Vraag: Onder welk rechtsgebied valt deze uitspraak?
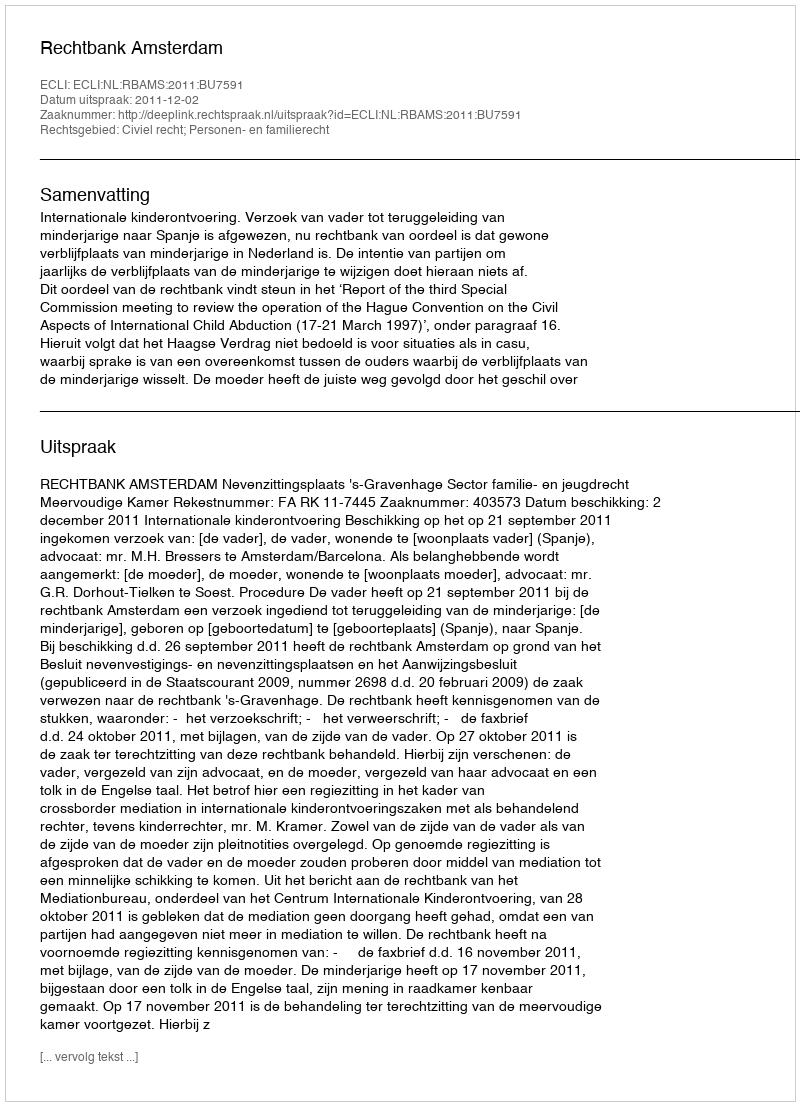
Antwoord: Civiel recht; Personen- en familierecht